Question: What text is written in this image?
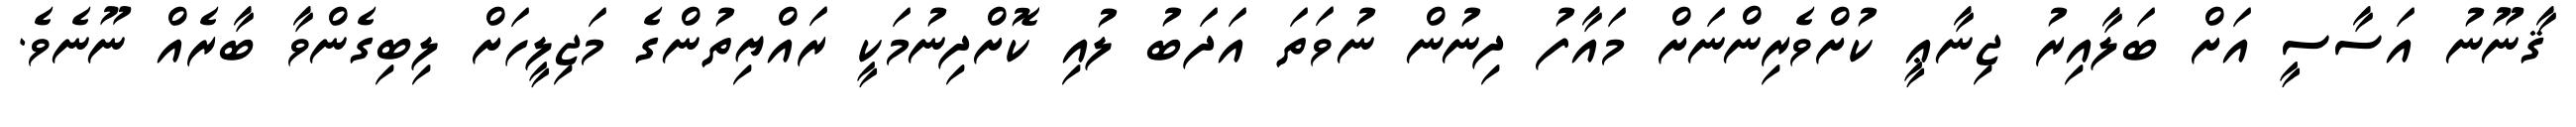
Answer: ޤާނޫނު އަސާސީ އަށް ބަލާއިރު ޖިނާޢީ ކުށްވެރިންނަށް މައާފު ދިނުން ނުވަތަ އަދަބު ލުއި ކޮށްދިނުމަކީ ރައްޔިތުންގެ މަޖިލީހަށް ލިބިގެންވާ ބާރެއް ނޫނެވެ.